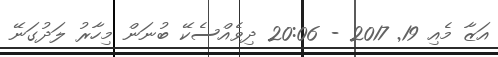
އަޒާ މެއި 19